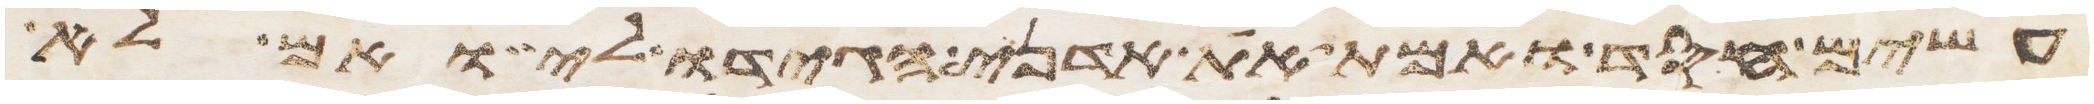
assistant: עשים חסד ואמת את אדני הגידו לי ואם לא